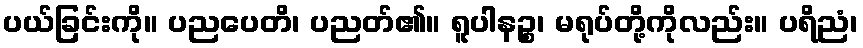
ပယ်ခြင်းကို။ ပညပေတိ၊ ပညတ်၏။ ရူပါနဉ္စ၊ မရုပ်တို့ကိုလည်း။ ပရိညံ၊